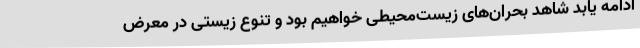
ادامه یابد شاهد بحران‌های زیست‌محیطی خواهیم بود و تنوع زیستی در معرض